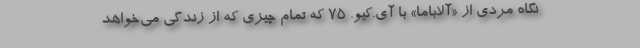
نگاه مردی از «آلاباما» با آی.کیو. ۷۵ که تمام چیزی که از زندگی می‌خواهد